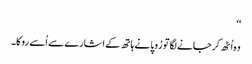
‘‘
وہ اُٹھ کر جانے لگا تو رُوپا نے ہاتھ کے اشارے سے اُسے روکا۔